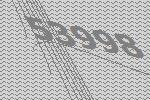
53998